Report of the King Institute of Preventive Medicine, Guindy
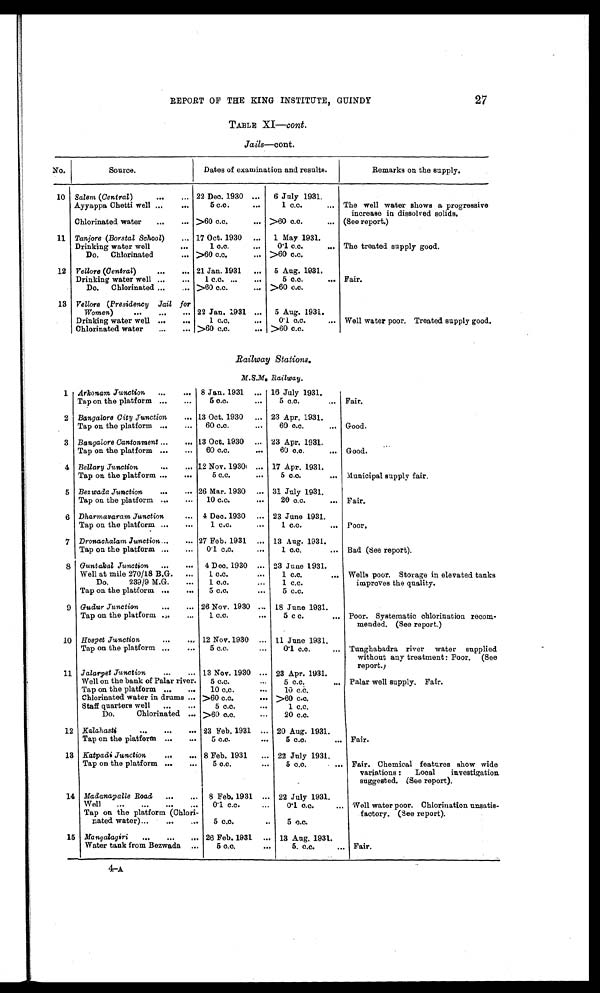
REPORT OF THE KING INSTITUTE, GUINDY
27
TABLE XI - cont.
Jails- cont.
No.
Source.
Remarks on the supply.
Salem (Central )
22 Dec. 1930
6 July 1931.
Chlorinated water
>60 c.c.
>60 c.o.
(See report.)
Tanjore (Borstal School)
17 Oct. 1930
1 May 1931,
Drinking water well
1 c.c.
0·1 c.c.
The treated supply good.
Do.Chlorinated
>60 c.c.
>60 c.c.
Vellore (Central)
21 Jan. 1931
5 Aug. 1931.
Drinking water well
1 c.c.
5 c.c.
Fair.
Do.Chlorinated
>60 c.c.
>60 c.c.
Drinking water well
1 c.c.
0·1 c.c.
Well water poor. Treated supply good.
Chlorinated water
>60 c.c.
>60 c.c.
Railway Stations
M.S.M. Railway.
Arkonam Junction
8 Jan. 1931
16 July 1931.
Tap on the platform
5 c.c.
5 c.c.
Fair.
Bangalore City Junction
13 Oct. 1930
23 Apr. 1931.
Tap on the platform
60 c.c.
60 c.c.
Good.
Bangalore Cantonment
13 Oct. 1930
23 Apr. 1931.
Tap on the platform
60 c.c.
60 c.c.
Good.
Bellary Junction
12 Nov. 1930
17 Apr. 1931.
Tap on the platform
5 c.c.
5 c.c.
Municipal supply fair.
Bezwada Junction
26 Mar. 1930
31 July 1931.
Tap on the platform
10 c.c.
20 c.c.
Fair.
Dharmavaram Junction
4 Dec. 1930
23 June 1931.
Tap on the platform
1 c.c.
1 c.c. Poor.
Dronachalam Junction
27 Feb. 1931
13 Aug. 1931.
Tap on the platform
0·1 c.c.
1 c.c.
Bad (See report).
Guntakal Junction
4 Dec. 1930
23 June 1931.
Well at mile 270/18 B.G.
1 c.c.
1 c.c.
Wells poor. Storage in elevated tanks
improves the quality.
Do. 239/9 M.G.
1 c.c.
1 c.c.
Tap on the platform
5 c.c.
5 c.c.
Gudur Junction
26 Nov. 1930
18 June 1931.
Hospet Junction
12 Nov.1930
11 June 1931.
Jalarpet Junction
13 Nov. 1930
23 Apr. 1931.
Well on the bank of Palar river.
5 c.c.
5 c.c.
Palar well supply. Fair.
Tap on the platform
10 c.c.
10 c.c.
Chlorinated water in drums
>60 c.c.
>60 c.c.
Staff quarters well
5 c.c.
1 c.c.
Do.Chlorinated
>60 c.c.
20 c.c.
Kalahasti
23 Feb, 1931
20 Aug. 1931.
Tap on the platform.
5 c.c .
5 c.c.
Fair.
Katpadi Junction.
8 Feb, 1931
22 July 1931.
Madanapalle Road
8 Feb. 1931
22 July 1931.
Well
0·1 c.c
0·1 c.c. Well water poor. Chlorination unsatis
¬factory. (See report).
Ma ngalagiri
26 Feb. 1931
13 Aug. 1931.
Water tank from Bezwada
5 c.c.
5.c.c.
Fair.
4-A